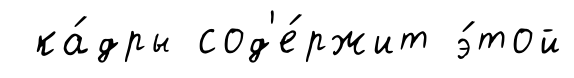
ка́дры сод'е́ржит э́той